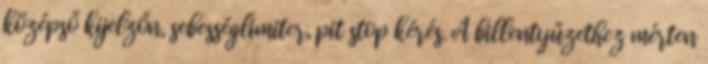
középső kijelzőn, sebességlimiter, pit stop kérés. A billentyűzethez mérten